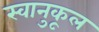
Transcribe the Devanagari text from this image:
स्वानुकूल